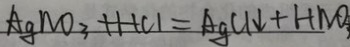
A g N O _ { 3 } + H C l = A g C l \downarrow + H N O